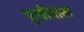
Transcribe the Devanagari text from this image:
पृथीपाल